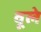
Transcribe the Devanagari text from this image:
वूले